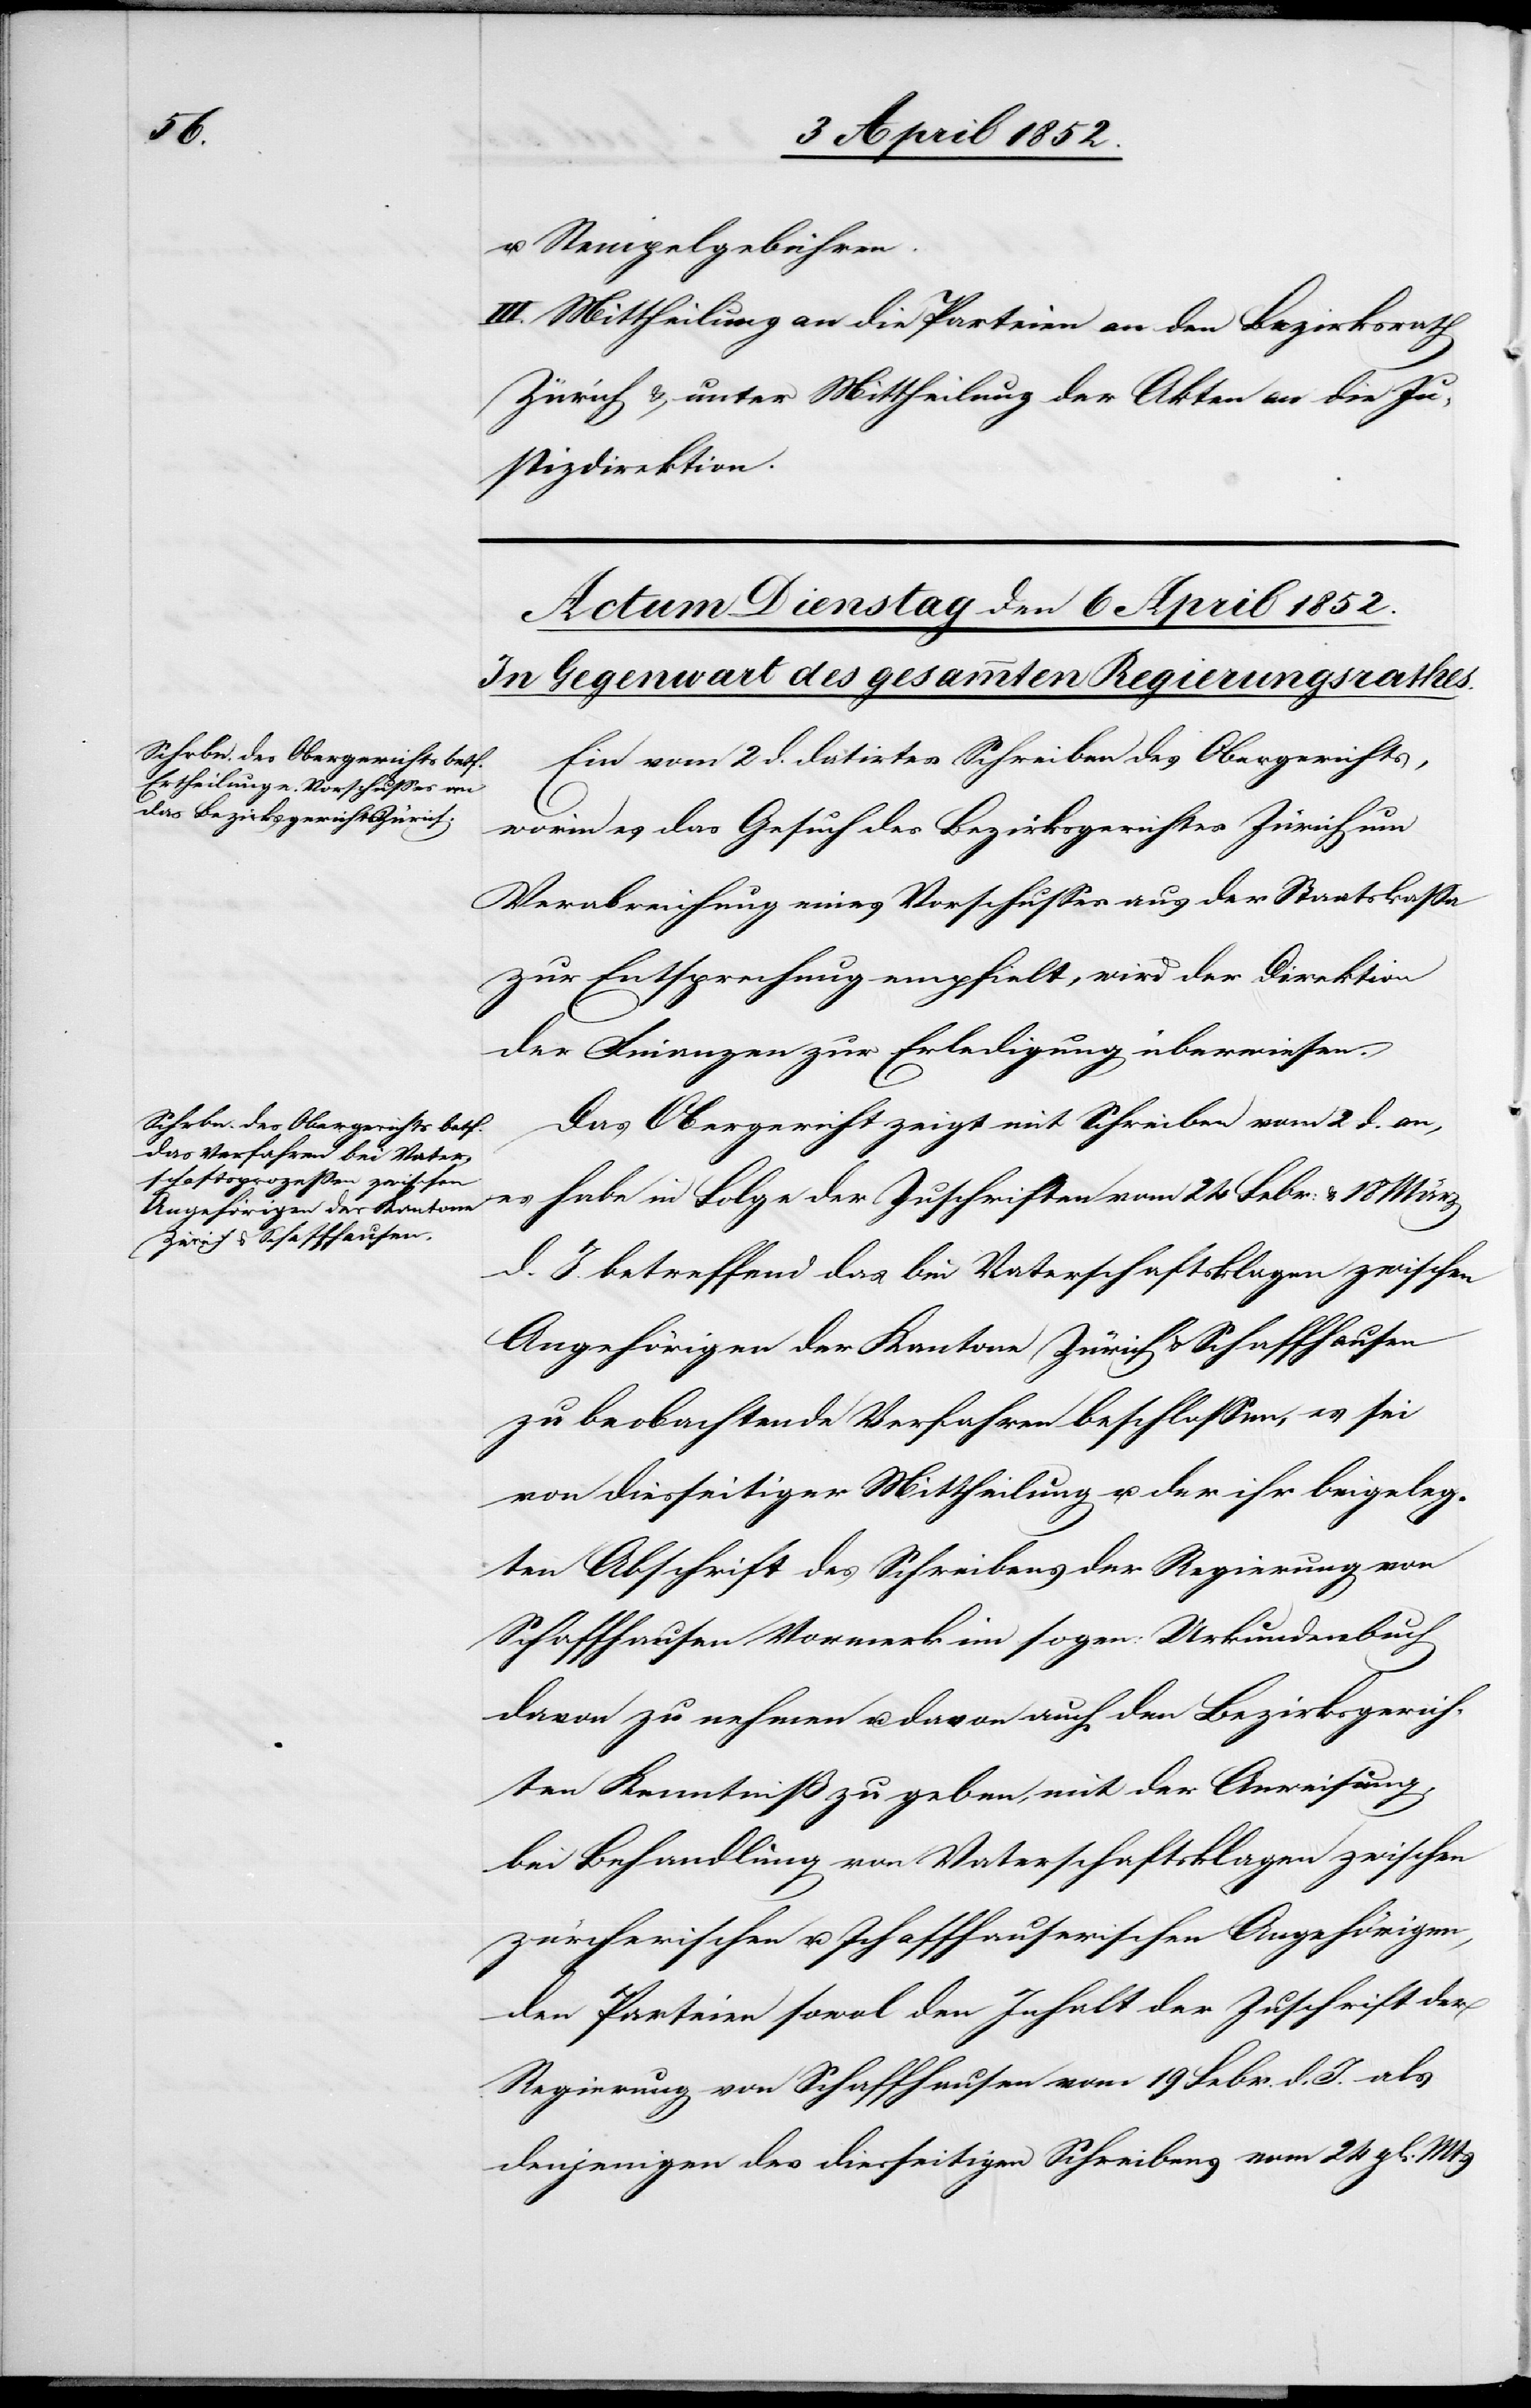
u. Stempelgebühren.
III. Mittheilung an die Parteien[,] an den Bezirksrath
Zürich & unter Mittheilung der Akten an die Ju¬
stizdirektion.
Ein vom 2 d. datirtes Schreiben des Obergerichts,
worin es das Gesuch des Bezirksgerichtes Zürich um
Verabreichung eines Vorschusses aus der Staatskassa
zur Entsprechung empfie[h]lt, wird der Direktion
der Finanzen zur Erledigung überwiesen.
Das Obergericht zeigt mit Schreiben vom 2 d. an,
es habe in Folge der Zuschriften vom 24 Febr: & 18 März
d. J. betreffend das bin [recte: bei] Vaterschaftsklagen zwischen
Angehörigen der Kantone Zürich & Schaffhausen
zu beobachtende Verfahren beschlossen, es sei
von diesseitiger Mittheilung u. der ihr beigeleg¬
ten Abschrift des Schreibens der Regierung von
Schaffhausen Vormerk im sogen: Urkundenbuch
davon zu nehmen u. davon auch den Bezirksgerich¬
ten Kenntniß zu geben, mit der Anweisung,
bei Behandlung von Vaterschaftsklagen zwischen
zürcherischen u. schaffhauserischen Angehörigen,
den Parteien sowol den Inhalt der Zuschrift der
Regierung von Schaffhausen vom 19 Febr. d. J. als
denjenigen des diesseitigen Schreibens vom 24 gl. Mts